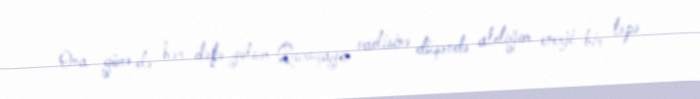
Ona görə də hər dəfə yolum Quruçayın vadisinə düşəndə aldığım enerji bir təpə